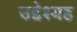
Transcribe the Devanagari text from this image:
उद्देश्यह